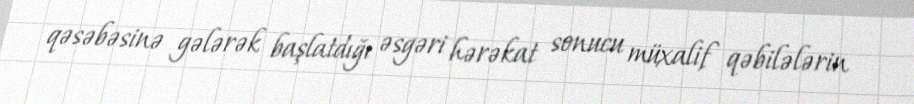
qəsəbəsinə gələrək başlatdığı əsgəri hərəkat sonucu müxalif qəbilələrin